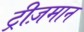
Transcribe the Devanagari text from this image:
ट्रीज़मान